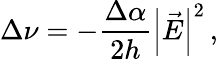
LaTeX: \Delta\nu=-\frac{\Delta\alpha}{2h}\left|\vec{E}\right|^{2}\, ,